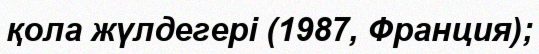
қола жүлдегері (1987, Франция);